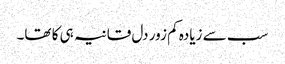
سب سے زیادہ کم زور دل قانیہ ہی کا تھا۔